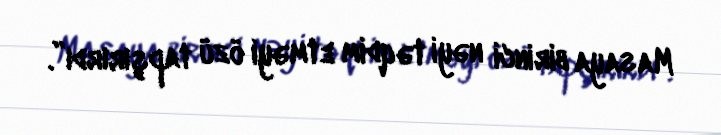
Masaya birinci nəyi təqdim etməyi özü tapşırırdı”.